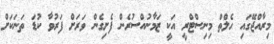
މިރާއްޖޭގައި ހެލްތް މިނިސްޓްރީ އަކީ ޒަމާނުއްސުރެން ފެށިގެން ވަރަށް ފަރުވާ ކުޑަ ތަނަކަށް